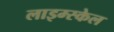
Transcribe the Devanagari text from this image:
लाइम्स्केल